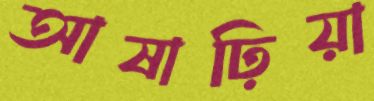
আষাঢ়িয়া